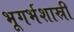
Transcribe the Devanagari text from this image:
भूगर्भशास्री